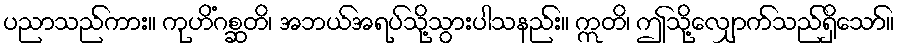
ပညာသည်ကား။ ကုဟိံဂစ္ဆတိ၊ အဘယ်အရပ်သို့သွားပါသနည်း။ ဣတိ၊ ဤသို့လျှောက်သည်ရှိသော်။